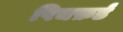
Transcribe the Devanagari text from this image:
पिचफ़र्ड